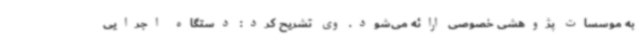
به موسسات پژوهشی خصوصی ارائه می‌شود. وی تشریح‌ کرد: دستگاه اجرایی